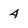
Character: 4